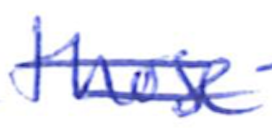
Text: those
Cross-out: double-line
Writing tool: ballpoint